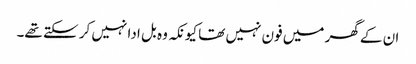
ان کے گھر میں فون نہیں تھا کیونکہ وہ بل ادا نہیں کر سکتے تھے۔